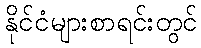
နိုင်ငံများစာရင်းတွင်